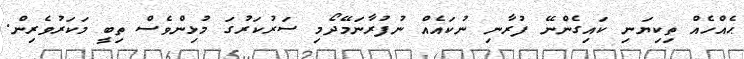
ޙެއްހެއް ތިކިޔަނި ކައިގެންނޭ ފުރާނި ނުކައެއް ނުފުރާނަމޭދޯމި ސަރުކަރުގަ މުޅިންވެސް ތިބީ މަކަރުވެރިން.